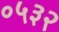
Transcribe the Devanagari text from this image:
०५३२